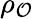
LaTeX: \rho_{\mathcal{O}}